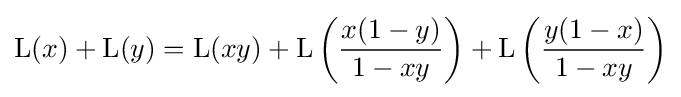
\operatorname {L} (x)+\operatorname {L} (y)=\operatorname {L} (xy)+\operatorname {L} \left({\frac {x(1-y)}{1-xy}}\right)+\operatorname {L} \left({\frac {y(1-x)}{1-xy}}\right)